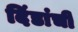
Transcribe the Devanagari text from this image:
दिंडांची